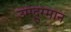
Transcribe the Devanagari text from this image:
उमदुरमान